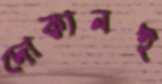
দোকানই